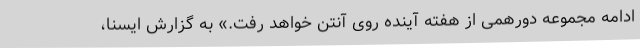
ادامه مجموعه دورهمی از هفته آینده روی آنتن خواهد رفت.» به گزارش ایسنا،